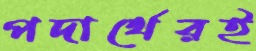
পদার্থেরই